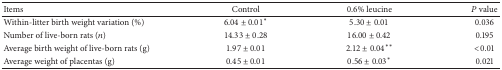
| Items | Control | 0.6% leucine | P value |
 | --- | --- | --- | --- |
 | Within-litter birth weight variation (%) | 6.04 ± 0.01∗ | 5.30 ± 0.01 | 0.036 |
 | Number of live-born rats (n) | 14.33 ± 0.28 | 16.00 ± 0.42 | 0.195 |
 | Average birth weight of live-born rats (g) | 1.97 ± 0.01 | 2.12 ± 0.04∗∗ | <0.01 |
 | Average weight of placentas (g) | 0.45 ± 0.01 | 0.56 ± 0.03∗ | 0.021 |